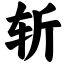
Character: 斩